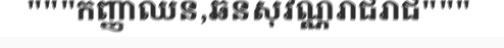
"""កញ្ញាឈន,ឆនសុវណ្ណរាជរាជ"""